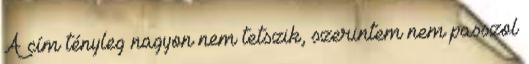
A cím tényleg nagyon nem tetszik, szerintem nem passzol